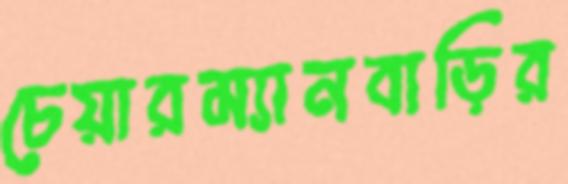
চেয়ারম্যানবাড়ির